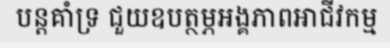
បន្តគាំទ្រ ជួយឧបត្ថម្ភអង្គភាពអាជីវកម្ម